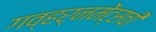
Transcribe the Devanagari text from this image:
गव्हर्नमेंट्सची